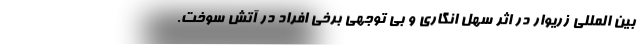
بین المللی زریوار در اثر سهل انگاری و بی توجهی برخی افراد در آتش سوخت.